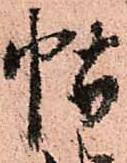
帖